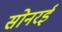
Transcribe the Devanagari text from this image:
सोनरई